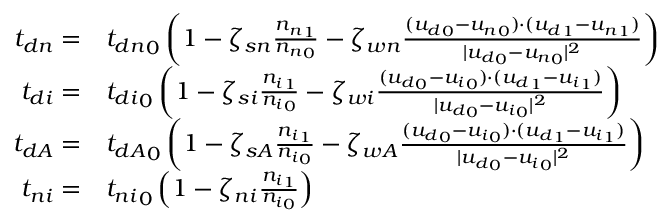
\begin{array} { r l } { { t _ { d n } } = } & { { t _ { d n } } _ { 0 } \left( 1 - \zeta _ { s n } \frac { { n _ { n } } _ { 1 } } { { n _ { n } } _ { 0 } } - \zeta _ { w n } \frac { ( { u _ { d } } _ { 0 } - { u _ { n } } _ { 0 } ) \cdot ( { u _ { d } } _ { 1 } - { u _ { n } } _ { 1 } ) } { | { u _ { d } } _ { 0 } - { u _ { n } } _ { 0 } | ^ { 2 } } \right) } \\ { { t _ { d i } } = } & { { t _ { d i } } _ { 0 } \left( 1 - \zeta _ { s i } \frac { { n _ { i } } _ { 1 } } { { n _ { i } } _ { 0 } } - \zeta _ { w i } \frac { ( { u _ { d } } _ { 0 } - { u _ { i } } _ { 0 } ) \cdot ( { u _ { d } } _ { 1 } - { u _ { i } } _ { 1 } ) } { | { u _ { d } } _ { 0 } - { u _ { i } } _ { 0 } | ^ { 2 } } \right) } \\ { { t _ { d A } } = } & { { t _ { d A } } _ { 0 } \left( 1 - \zeta _ { s A } \frac { { n _ { i } } _ { 1 } } { { n _ { i } } _ { 0 } } - \zeta _ { w A } \frac { ( { u _ { d } } _ { 0 } - { u _ { i } } _ { 0 } ) \cdot ( { u _ { d } } _ { 1 } - { u _ { i } } _ { 1 } ) } { | { u _ { d } } _ { 0 } - { u _ { i } } _ { 0 } | ^ { 2 } } \right) } \\ { { t _ { n i } } = } & { { t _ { n i } } _ { 0 } \left( 1 - \zeta _ { n i } \frac { { n _ { i } } _ { 1 } } { { n _ { i } } _ { 0 } } \right) } \end{array}